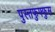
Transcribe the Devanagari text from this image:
पुस्तफुफ्फुस